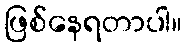
ဖြစ်နေရတာပါ။